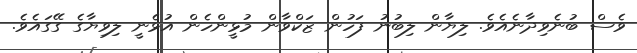
ވެސް ބުނެވިދާނެއެވެ. ލިޔާން ލިބުނު ފަހުން ޒަކްވާން މުޅީންހެން އުޅެނީ ލިވިޔާގެ ގޭގައެވެ.